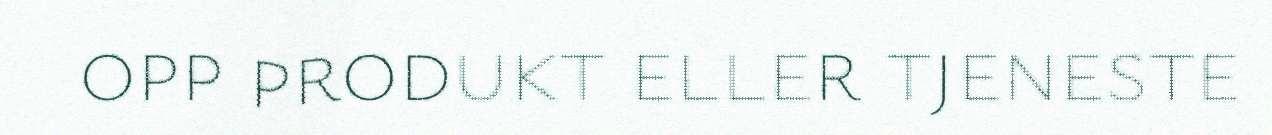
opp produkt eller tjeneste